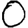
Digit: 0